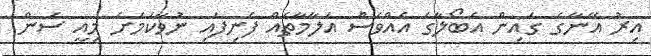
އިރު އޭނާގެ ގައިން އެބޯލާގެ އެއްވެސް އަލާމާތެއް ފެނިފައި ނުވާކަމަށެ މިއީ ސަން